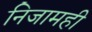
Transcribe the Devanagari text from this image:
निजामही